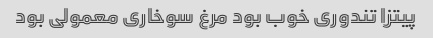
پیتزا تندوری خوب بود مرغ سوخاری معمولی بود